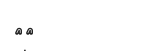
٥٦